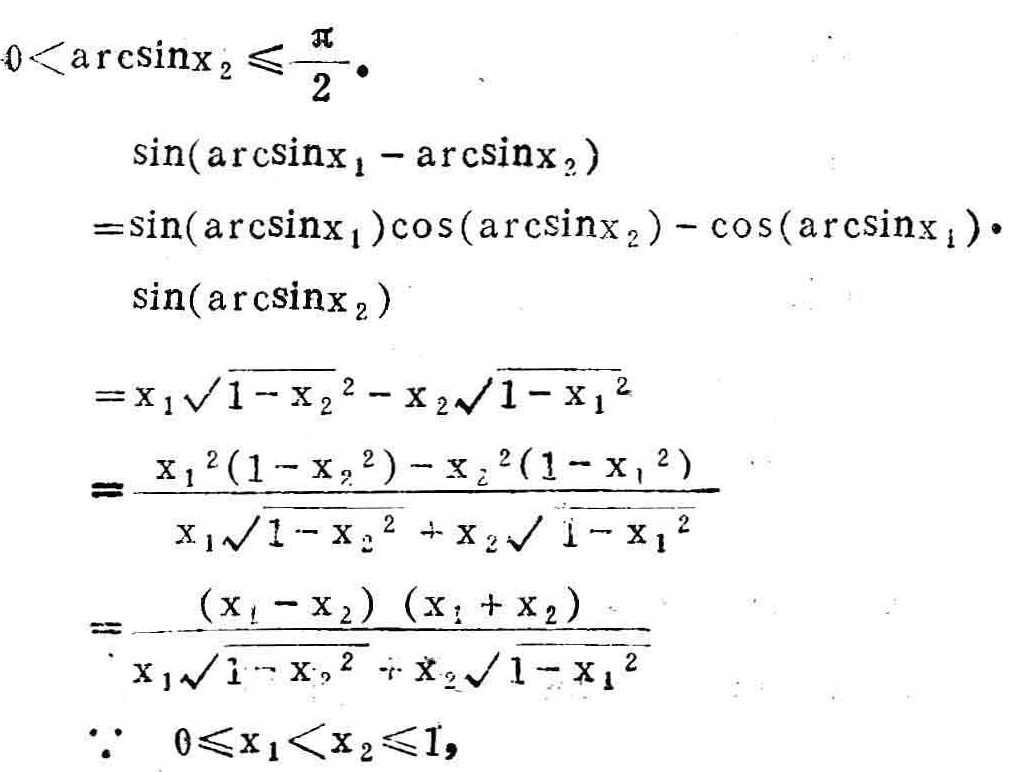
\(0<\arcsin x_{2}\leqslant\frac{\pi}{2}\)。
\[\begin{align*}
&\sin(\arcsin x_{1}-\arcsin x_{2})\\
=&\sin(\arcsin x_{1})\cos(\arcsin x_{2})-\cos(\arcsin x_{1})\cdot\sin(\arcsin x_{2})\\
=&x_{1}\sqrt{1 - x_{2}^{2}}-x_{2}\sqrt{1 - x_{1}^{2}}\\
=&\frac{x_{1}^{2}(1 - x_{2}^{2})-x_{2}^{2}(1 - x_{1}^{2})}{x_{1}\sqrt{1 - x_{2}^{2}}+x_{2}\sqrt{1 - x_{1}^{2}}}\\
=&\frac{(x_{1}-x_{2})(x_{1}+x_{2})}{x_{1}\sqrt{1 - x_{2}^{2}}+x_{2}\sqrt{1 - x_{1}^{2}}}
\end{align*}\]
\(\because\ 0\leqslant x_{1}<x_{2}\leqslant1\)，